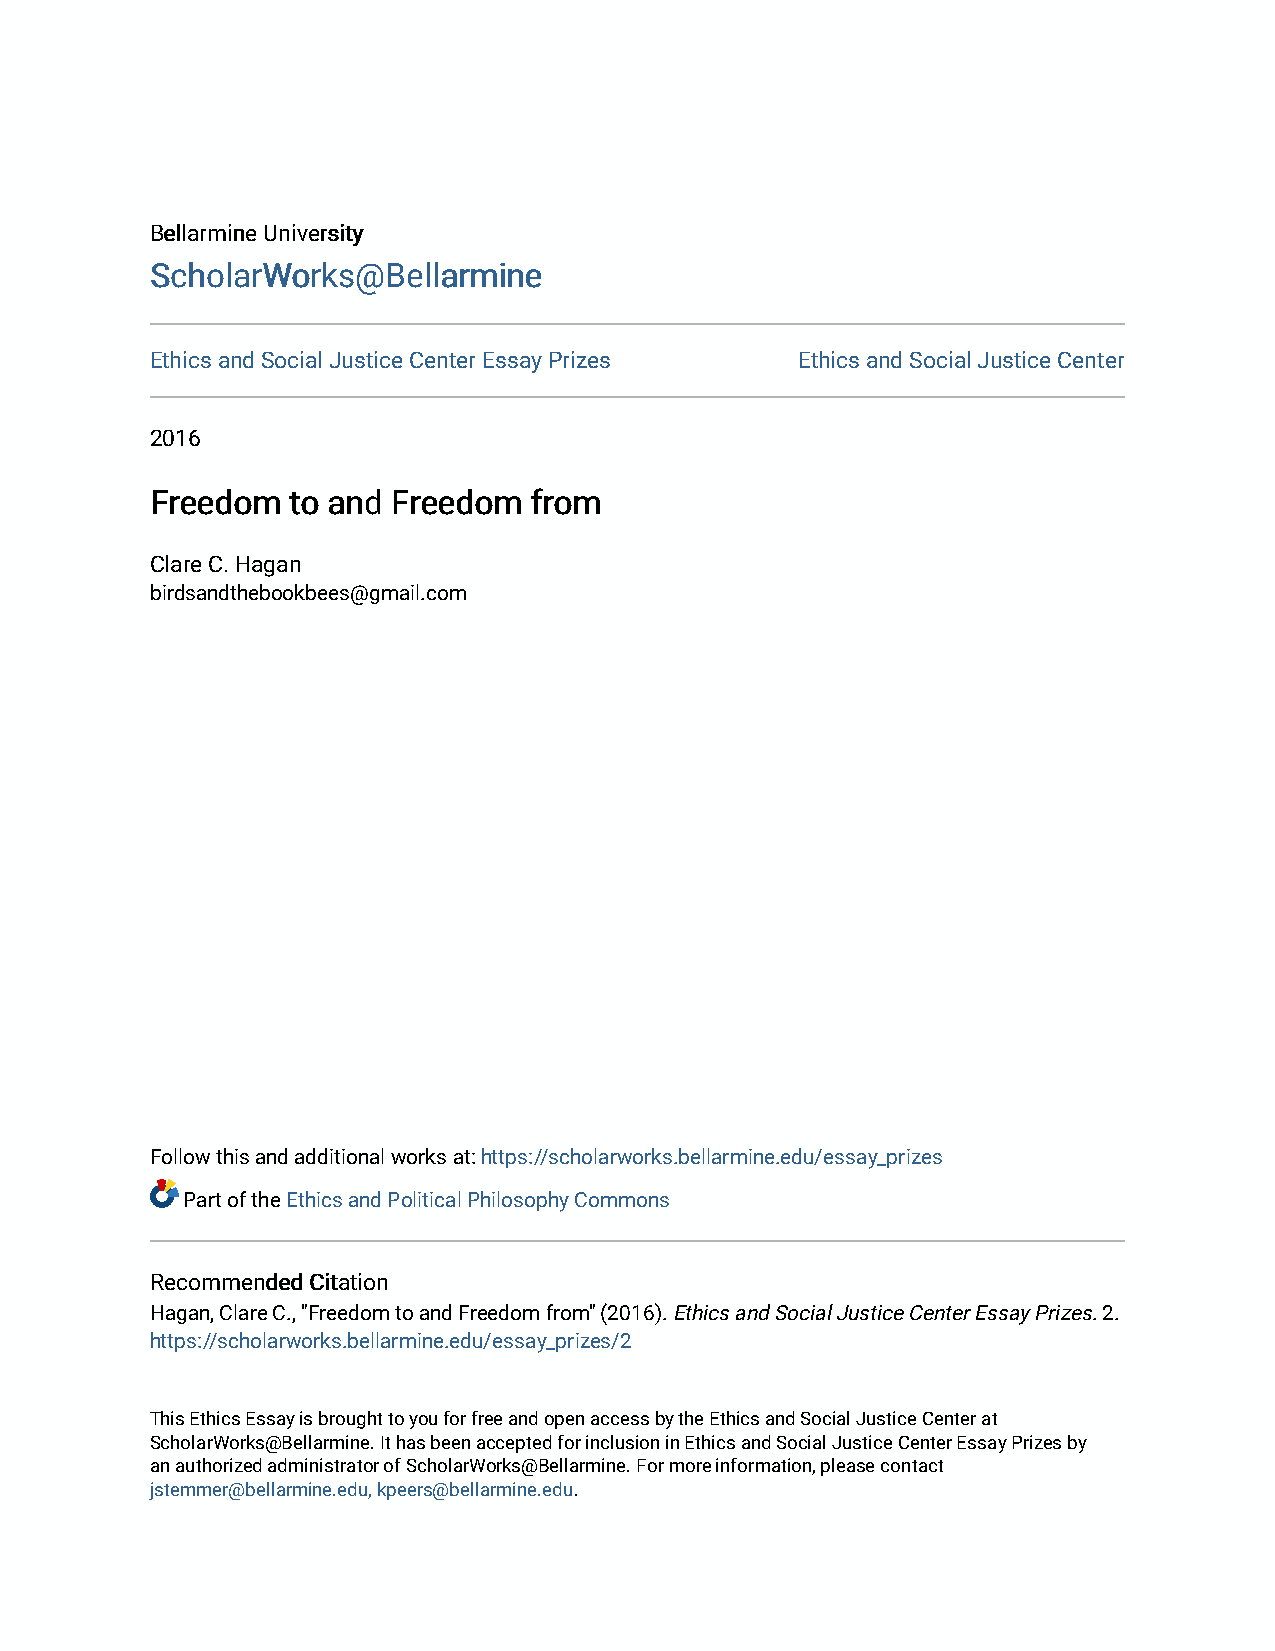
BBeellllaarrmmiinnee UUnniivveerrssiittyy
 SScchhoollaarrWWoorrkkss@@BBeellllaarrmmiinnee
 Ethics and Social Justice Center Essay Prizes Ethics and Social Justice Center
 2016
 FFrreeeeddoomm ttoo aanndd FFrreeeeddoomm ffrroomm
 Clare C. Hagan
 birdsandthebookbees@gmail.com
 Follow this and additional works at: https://scholarworks.bellarmine.edu/essay_prizes
 Part of the Ethics and Political Philosophy Commons
 RReeccoommmmeennddeedd CCiittaattiioonn
 Hagan, Clare C., "Freedom to and Freedom from" (2016). Ethics and Social Justice Center Essay Prizes. 2.
 https://scholarworks.bellarmine.edu/essay_prizes/2
 This Ethics Essay is brought to you for free and open access by the Ethics and Social Justice Center at
 ScholarWorks@Bellarmine. It has been accepted for inclusion in Ethics and Social Justice Center Essay Prizes by
 an authorized administrator of ScholarWorks@Bellarmine. For more information, please contact
 jstemmer@bellarmine.edu, kpeers@bellarmine.edu.